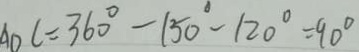
A D C = 3 6 0 ^ { \circ } - 1 5 0 ^ { \circ } - 1 2 0 ^ { \circ } = 9 0 ^ { \circ }